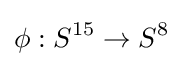
\phi :S^{15}\to S^{8}